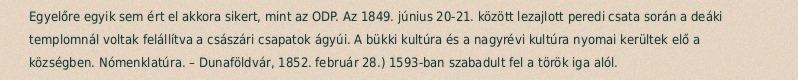
Egyelőre egyik sem ért el akkora sikert, mint az ODP. Az 1849. június 20-21. között lezajlott peredi csata során a deáki templomnál voltak felállítva a császári csapatok ágyúi. A bükki kultúra és a nagyrévi kultúra nyomai kerültek elő a községben. Nómenklatúra. – Dunaföldvár, 1852. február 28.) 1593-ban szabadult fel a török iga alól.